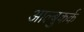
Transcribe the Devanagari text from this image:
आल्बुकर्क